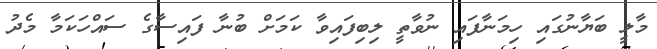
މާލީ ބަޔާނުގައި ހިމަނާފައި ނުވާތީ ލިބިފައިވާ ކަމަށް ބުނާ ފައިސާގެ ސައްހަކަމާ މެދު